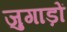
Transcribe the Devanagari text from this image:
जुगाड़ों